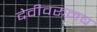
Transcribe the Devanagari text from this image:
देवीवरूनच